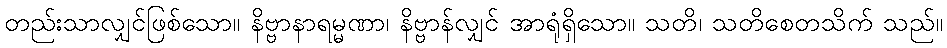
တည်းသာလျှင်ဖြစ်သော။ နိဗ္ဗာနာရမ္မဏာ၊ နိဗ္ဗာန်လျှင် အာရုံရှိသော။ သတိ၊ သတိစေတသိက် သည်။